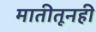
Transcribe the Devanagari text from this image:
मातीतूनही